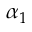
\alpha _ { 1 }